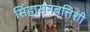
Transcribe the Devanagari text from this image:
सिंहासनबत्तिशी